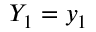
Y _ { 1 } = y _ { 1 }